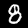
Label: 8